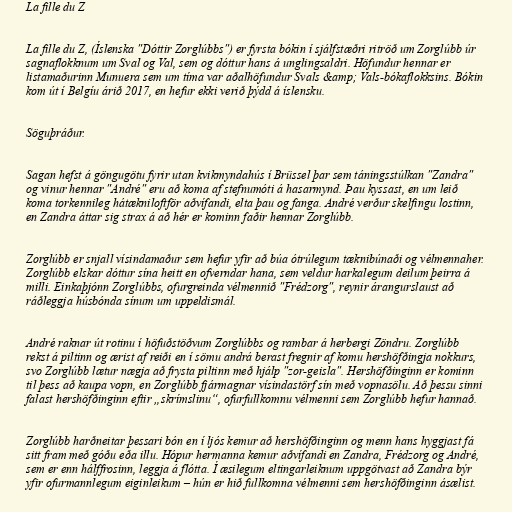
La fille du Z

La fille du Z, (Íslenska "Dóttir Zorglúbbs") er fyrsta bókin í sjálfstæðri ritröð um Zorglúbb úr
sagnaflokknum um Sval og Val, sem og dóttur hans á unglingsaldri. Höfundur hennar er
listamaðurinn Munuera sem um tíma var aðalhöfundur Svals &amp; Vals-bókaflokksins. Bókin
kom út í Belgíu árið 2017, en hefur ekki verið þýdd á íslensku.

Söguþráður.

Sagan hefst á göngugötu fyrir utan kvikmyndahús í Brüssel þar sem táningsstúlkan "Zandra"
og vinur hennar "André" eru að koma af stefnumóti á hasarmynd. Þau kyssast, en um leið
koma torkennileg hátækniloftför aðvífandi, elta þau og fanga. André verður skelfingu lostinn,
en Zandra áttar sig strax á að hér er kominn faðir hennar Zorglúbb.

Zorglúbb er snjall vísindamaður sem hefur yfir að búa ótrúlegum tæknibúnaði og vélmennaher.
Zorglúbb elskar dóttur sína heitt en ofverndar hana, sem veldur harkalegum deilum þeirra á
milli. Einkaþjónn Zorglúbbs, ofurgreinda vélmennið "Frédzorg", reynir árangurslaust að
ráðleggja húsbónda sínum um uppeldismál.

André raknar út rotinu í höfuðstöðvum Zorglúbbs og rambar á herbergi Zöndru. Zorglúbb
rekst á piltinn og ærist af reiði en í sömu andrá berast fregnir af komu hershöfðingja nokkurs,
svo Zorglúbb lætur nægja að frysta piltinn með hjálp "zor-geisla". Hershöfðinginn er kominn
til þess að kaupa vopn, en Zorglúbb fjármagnar vísindastörf sín með vopnasölu. Að þessu sinni
falast hershöfðinginn eftir „skrímslinu“, ofurfullkomnu vélmenni sem Zorglúbb hefur hannað.

Zorglúbb harðneitar þessari bón en í ljós kemur að hershöfðinginn og menn hans hyggjast fá
sitt fram með góðu eða illu. Hópur hermanna kemur aðvífandi en Zandra, Frédzorg og André,
sem er enn hálffrosinn, leggja á flótta. Í æsilegum eltingarleiknum uppgötvast að Zandra býr
yfir ofurmannlegum eiginleikum – hún er hið fullkomna vélmenni sem hershöfðinginn ásælist.